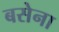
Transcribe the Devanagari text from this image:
बसेना